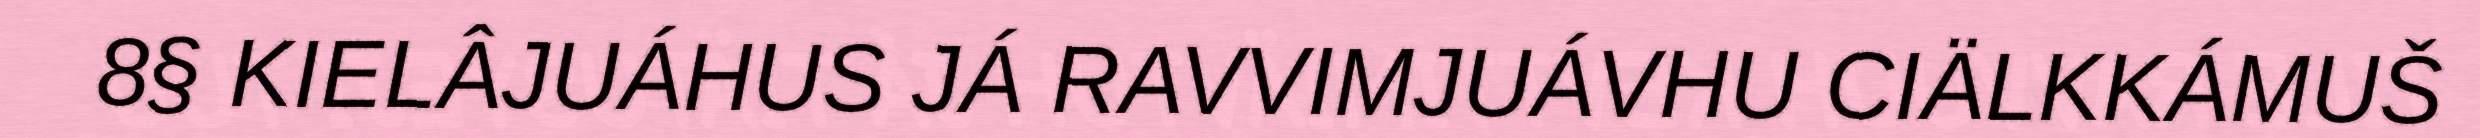
8§ KIELÂJUÁHUS JÁ RAVVIMJUÁVHU CIÄLKKÁMUŠ